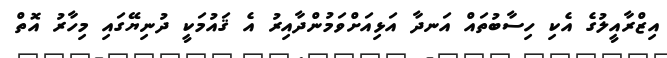
އިޒްރާއީލުގެ އެކި ހިސާބުތައް އަނދާ އަޅިއަށްވަމުންދާއިރު އެ ޤައުމަކީ ދުނިޔޭގައި މިހާރު އޮތް